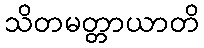
သိတမတ္တာယာတိ